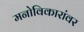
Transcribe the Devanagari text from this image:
मनोविकारांवर